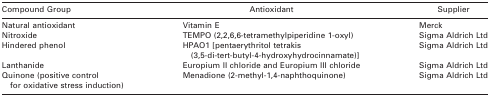
<table><thead><tr><td><b>Compound Group</b></td><td><b>Antioxidant</b></td><td><b>Supplier</b></td></tr></thead><tbody><tr><td>Natural antioxidant</td><td>Vitamin E</td><td>Merck</td></tr><tr><td>Nitroxide</td><td>TEMPO (2,2,6,6-tetramethylpiperidine 1-oxyl)</td><td>Sigma Aldrich Ltd</td></tr><tr><td>Hindered phenol</td><td>HPAO1 [pentaerythritol tetrakis (3,5-di-tert-butyl-4-hydroxyhydrocinnamate)]</td><td>Sigma Aldrich Ltd</td></tr><tr><td>Lanthanide</td><td>Europium II chloride and Europium III chloride</td><td>Sigma Aldrich Ltd</td></tr><tr><td>Quinone (positive control for oxidative stress induction)</td><td>Menadione (2-methyl-1,4-naphthoquinone)</td><td>Sigma Aldrich Ltd</td></tr></tbody></table>